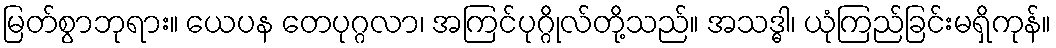
မြတ်စွာဘုရား။ ယေပန တေပုဂ္ဂလာ၊ အကြင်ပုဂ္ဂိုလ်တို့သည်။ အသဒ္ဓါ၊ ယုံကြည်ခြင်းမရှိကုန်။